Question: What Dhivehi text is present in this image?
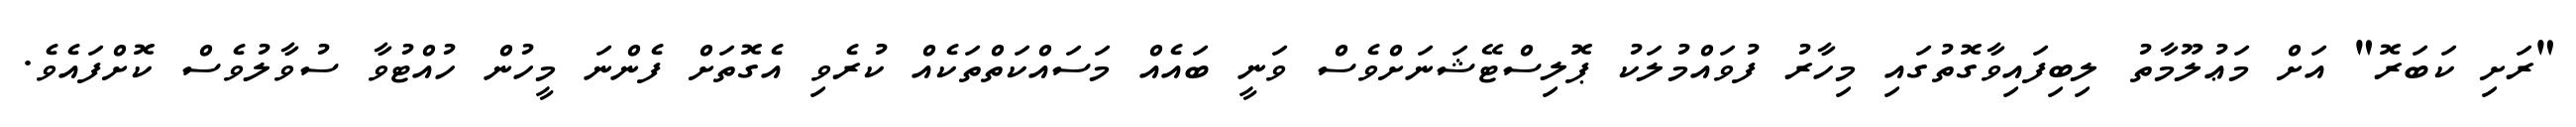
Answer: "ރަށި ކަބަރޮ" އަށް މަޢުލޫމާތު ލިބިފައިވާގޮތުގައި މިހާރު ފުވައްމުލަކު ޕޮލިސްޓޭޝަނަށްވެސް ވަނީ ބައެއް މަސައްކަތްތަކެއް ކުރެވި އެގޮތަށް ފެންނަ މީހުން ހުއްޓުވާ ސުވާލުވެސް ކޮށްފައެވެ.